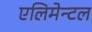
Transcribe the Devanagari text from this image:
एलिमेन्टल